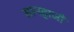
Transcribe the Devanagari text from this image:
सानहाजी